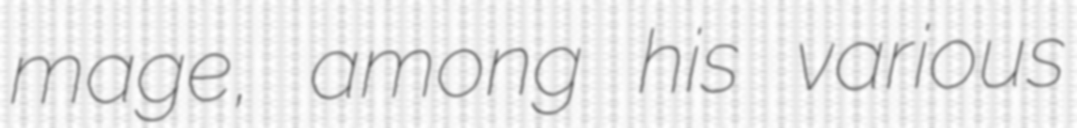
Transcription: mage, among his various